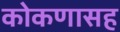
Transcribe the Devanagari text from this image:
कोकणासह